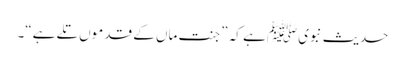
حدیث نبویﷺ ہے کہ ”جنت ماں کے قدموں تلے ہے“۔